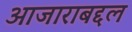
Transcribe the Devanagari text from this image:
आजाराबद्दल